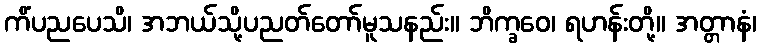
ကိံပညပေသိ၊ အဘယ်သို့ပညတ်တော်မူသနည်း။ ဘိက္ခဝေ၊ ရဟန်းတို့။ အတ္တာနံ၊